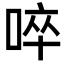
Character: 啐